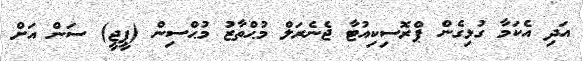
އަދި އެކަމާ ގުޅިގެން ޕްރޮސިކިއުޓާ ޖެނެރަލް މުޙްތާޒު މުޙްސިން (ޕީޖީ) ސަން އަށް